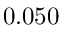
0 . 0 5 0